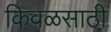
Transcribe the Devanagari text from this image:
किवळसाठी